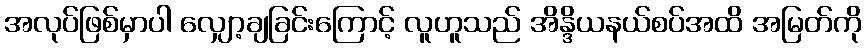
အလုပ်ဖြစ်မှာပါ လျှော့ချခြင်းကြောင့် လူဟူသည် အိန္ဒိယနယ်စပ်အထိ အမြတ်ကို